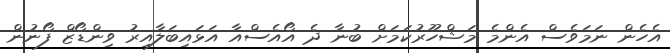
އެހެން ނަމަވެސް އެންމެ މަޝްހޫރުކަމަށް ބުނާ ދެ އޯއެސްއާ އަޅައިބަލާއިރު ވިންޑޯޒް ފޯނުން